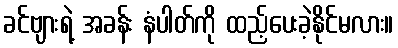
ခင်ဗျားရဲ့ အခန်း နံပါတ်ကို ထည့်ပေးခဲ့နိုင်မလား။